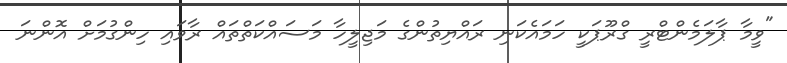
"ވީމާ ޕާލަމެންޓްރީ ގްރޫޕަކީ ހަމައެކަނި ރައްޔިތުންގެ މަޖިލީހާ މަސައްކަތްތައް ރާވައި ހިންގުމަށް އޮންނަ